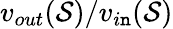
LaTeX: v_{out}(\mathcal{S})/v_{i\mathtt{n}}(\mathcal{S})